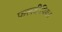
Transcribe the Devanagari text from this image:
फलदीपिका